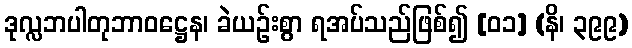
ဒုလ္လဘပါတုဘာဝဋ္ဌေန၊ ခဲယဉ်းစွာ ရအပ်သည်ဖြစ်၍ [၀၁] (နိ၊ ၃၉၉)